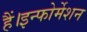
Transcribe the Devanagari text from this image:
हैं।इन्फोर्मेशन